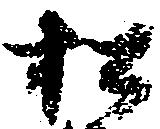
松